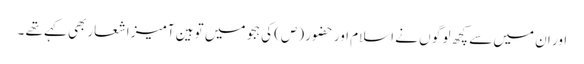
اور ان میں سے کچھ لو گو ں نے اسلام اور حضور (ص) کی ہجو میں تو ہین آمیز اشعاربھی کہے تھے ۔